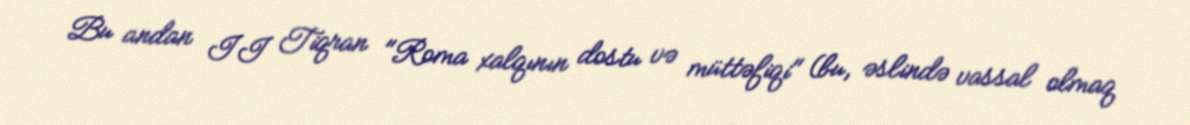
Bu andan II Tiqran "Roma xalqının dostu və müttəfiqi" (bu, əslində vassal olmaq